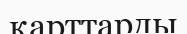
қарттарды